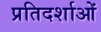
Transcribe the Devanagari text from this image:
प्रतिदर्शाओं